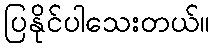
ပြနိုင်ပါသေးတယ်။